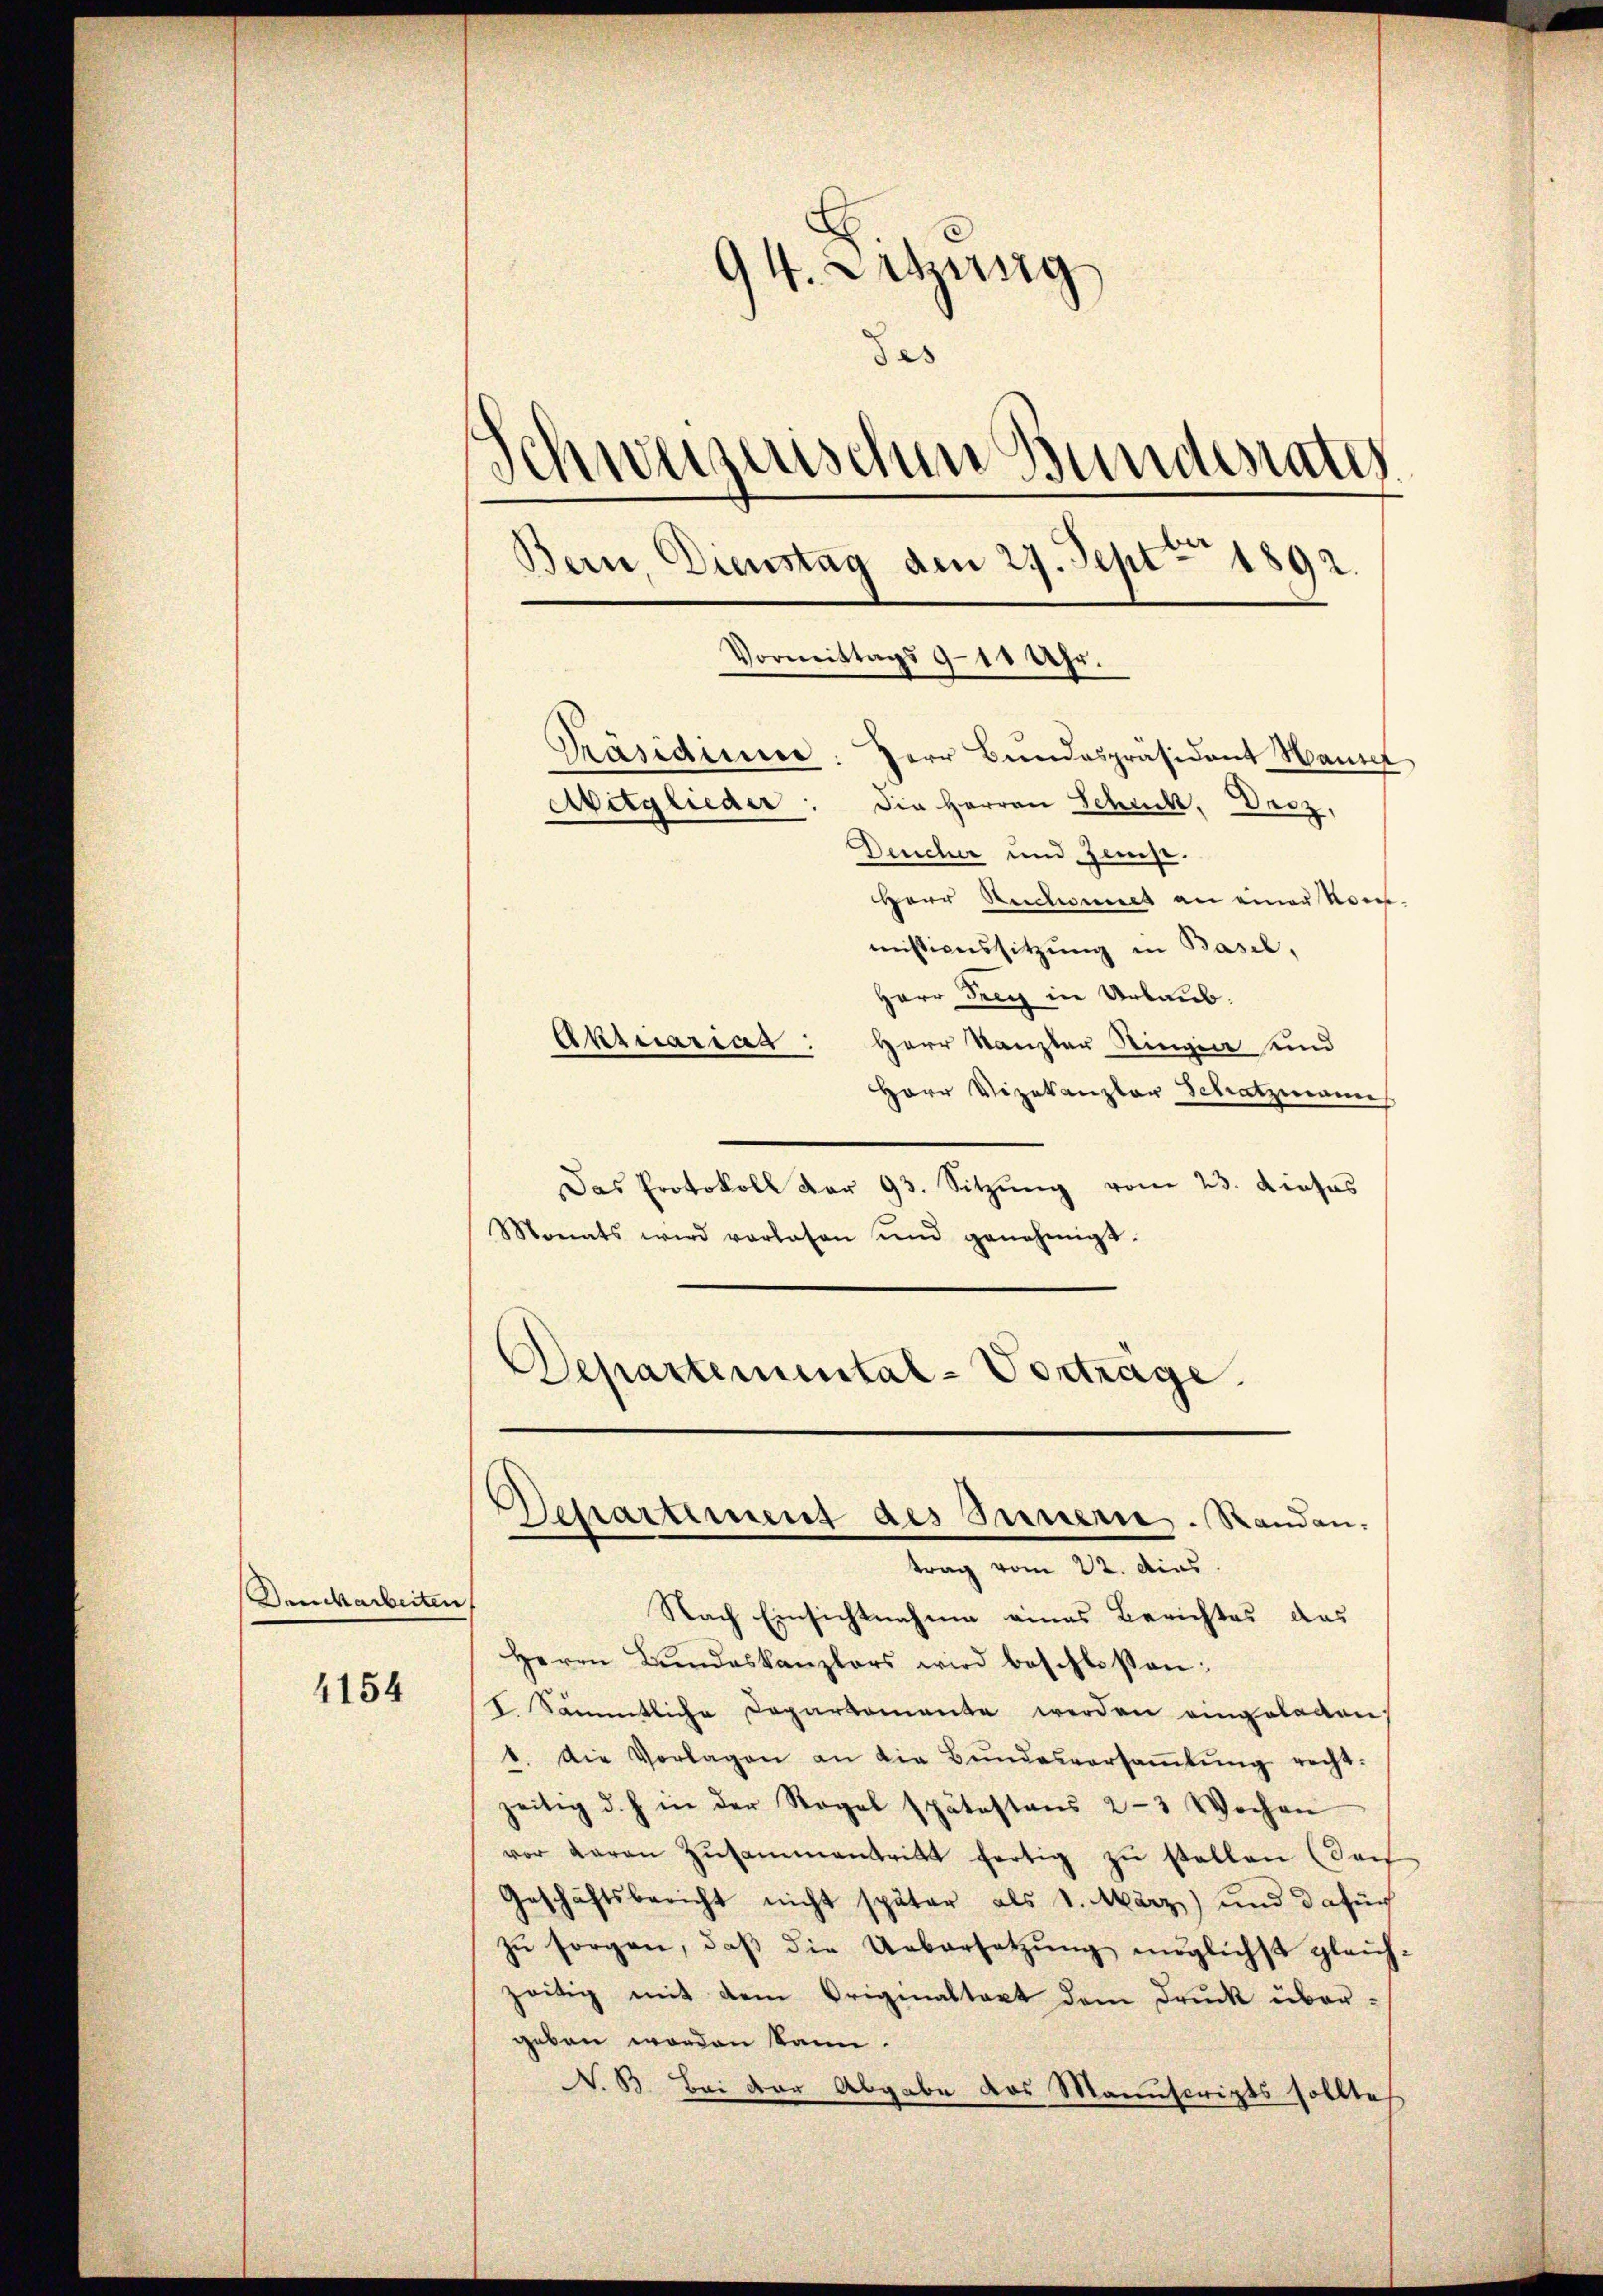
Denckarbeiten,

4154

94. Letzung
des
schweizerischen Bunderate
Bern, Dunstag den 29. Sept 1892.

Präsidium. Herr Bundespräsident Hause
Die Herren Schuck, Droz,
Deucher und Zinse.
HHerr Rechnees an einer Kommisionssitzung in Basel,
Herr Frey in Urlaub.
Aktuarias: Herr Kanzler Ringin und
Herr Vizekanzlar Schatzmann
Das Protokoll der 93. Sitzŭng vom 23. Dieses
Monats wird vorlesen und genehmigt.
Departemental-Vorträge.

Mitglieder

Vormittags 9-10 Uhr.

Departement des Innern. Randan-

trag vom 22. dies
Nach Einsichtnahme eines Berichtes das
Herrn Bŭndeskanzlers wird beschlossen:
I. Sämmtliche Departemente werden eingeladen
1. Die Vorlagen an die Bŭndesversaṁlŭng recht.
zeitig d. h. in der Regel spätestens 2-3 Wochen
vor daran Zusammentritt fertig zu stellen (das
Geschäftsbericht nicht später als 1. März) und dafürh
zŭ sorgen, daβ die Uebersetzŭng möglichst gleichzeitig mit dem Originaltakt dem Druck übergeben worden kann.
N. B. Bei der Abgabe das Manuscripts solltes